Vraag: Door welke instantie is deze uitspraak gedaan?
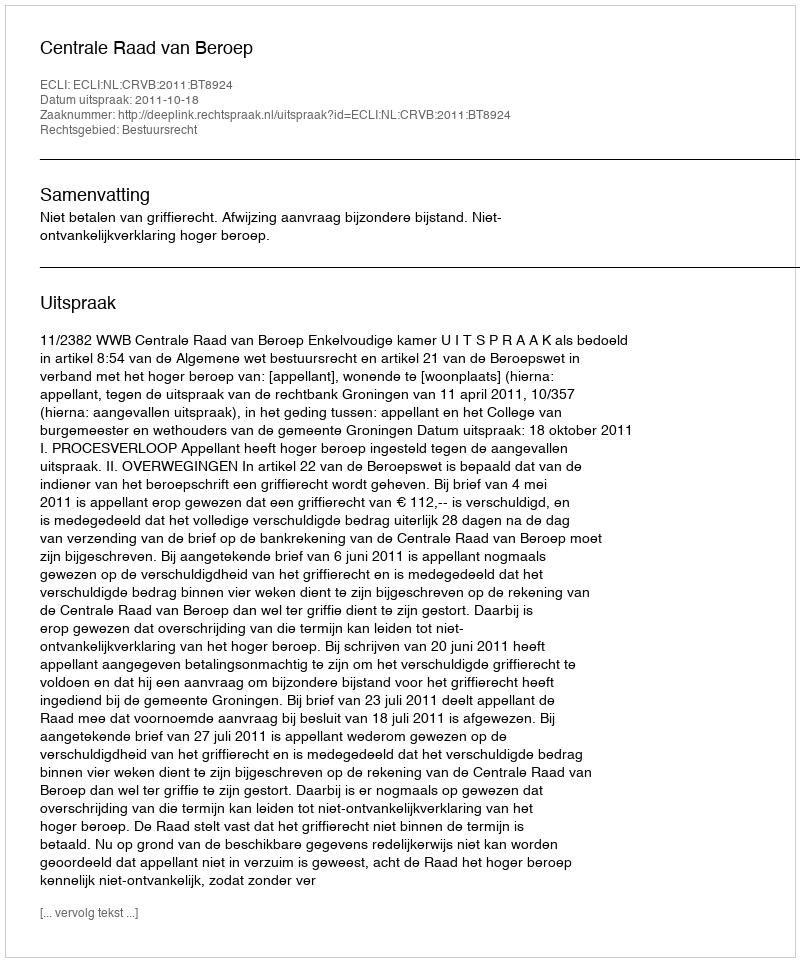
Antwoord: Centrale Raad van Beroep